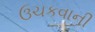
ઉચકવાની